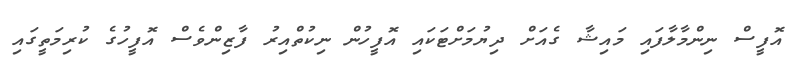
އޮފީސް ނިންމާލާފައި މައިޝާ ގެއަށް ދިޔުމަށްޓަކައި އޮފީހުން ނިކުތްއިރު ފާޒިންވެސް އޮފީހުގެ ކުރިމަތީގައި